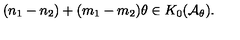
( n _ { 1 } - n _ { 2 } ) + ( m _ { 1 } - m _ { 2 } ) \theta \in K _ { 0 } ( { \mathcal { A } } _ { \theta } ) .